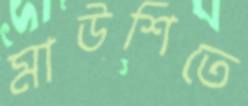
মাউশিতে